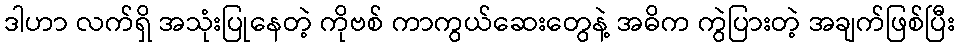
ဒါဟာ လက်ရှိ အသုံးပြုနေတဲ့ ကိုဗစ် ကာကွယ်ဆေးတွေနဲ့ အဓိက ကွဲပြားတဲ့ အချက်ဖြစ်ပြီး